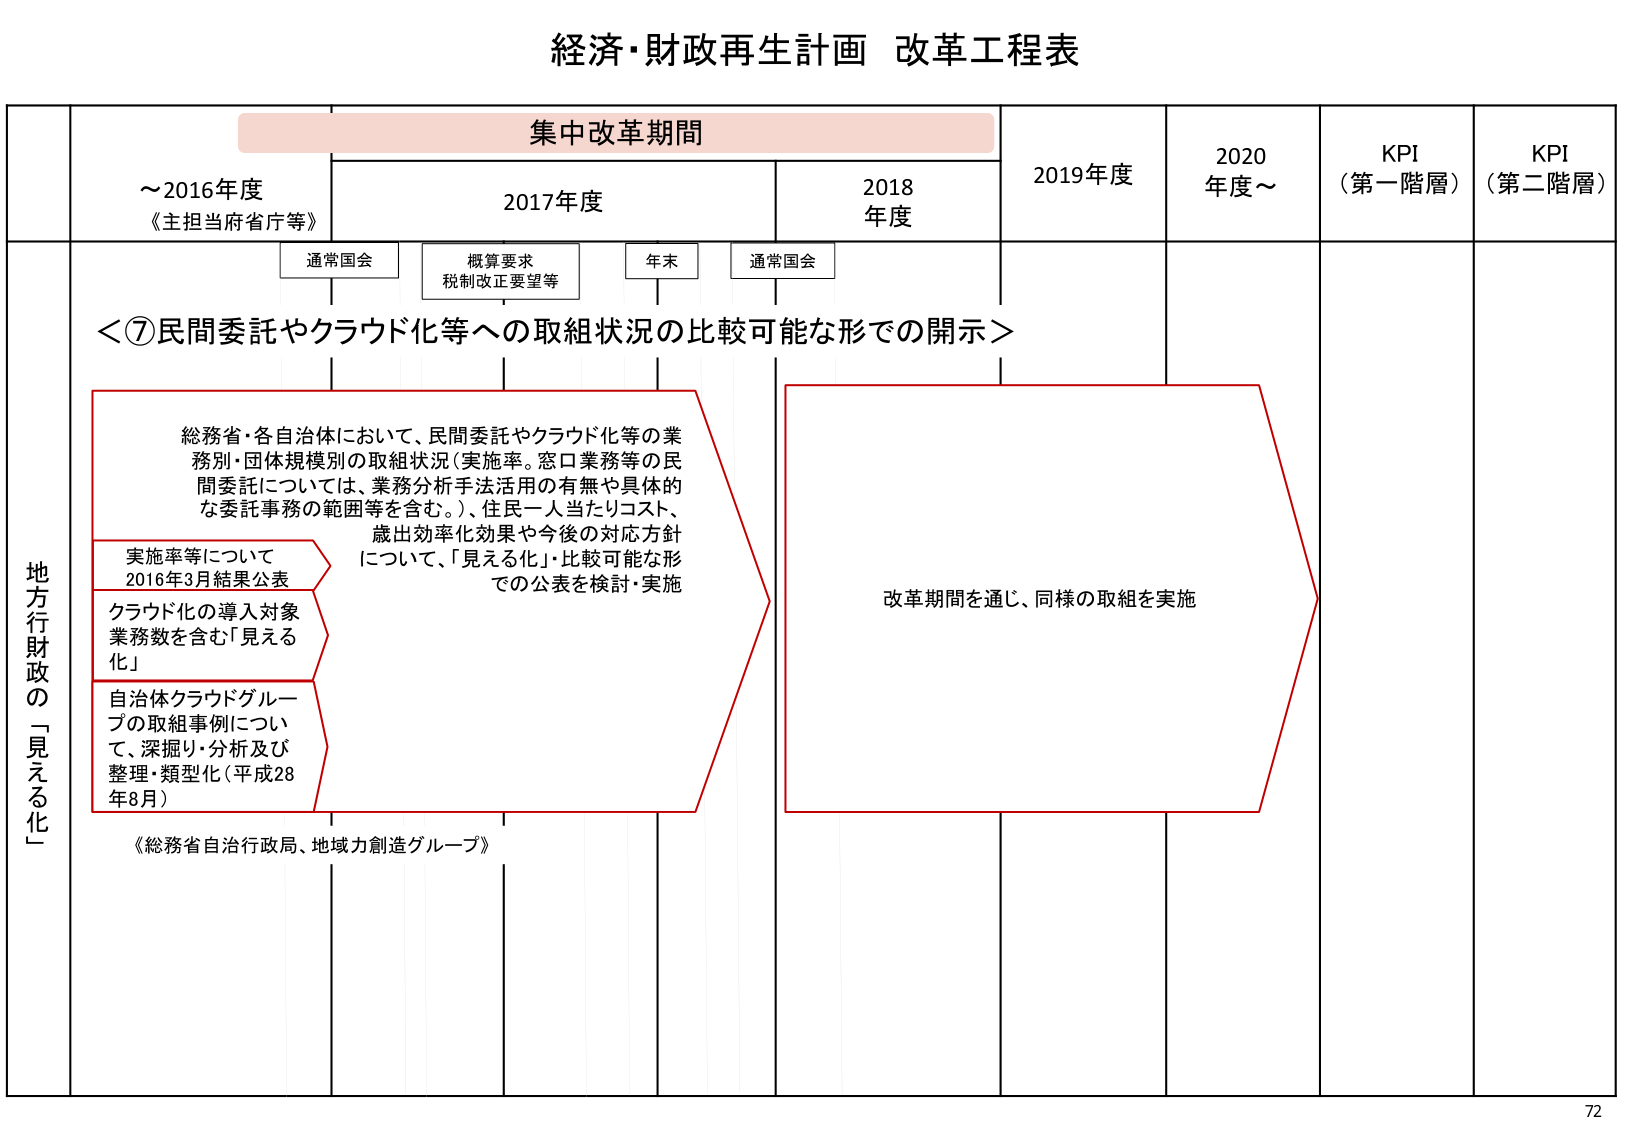
経済・財政再生計画 改革工程表

集中改革期間

～2016年度
《主担当府省庁等》

2017年度

2018年度

2019年度

2020年度～

KPI
（第一階層）

KPI
（第二階層）

通常国会

概算要求
税制改正要望等

年末

通常国会

＜⑦民間委託やクラウド化等への取組状況の比較可能な形での開示＞

地方行政財政の「見える化」

総務省・各自治体において、民間委託やクラウド化等の業務別・団体規模別の取組状況（実施率。窓口業務等の民間委託については、業務分析手法活用の有無や具体的な委託事務の範囲等を含む。）、住民一人当たりコスト、歳出効率化効果や今後の対応方針について、「見える化」・比較可能な形での公表を検討・実施

実施率等について
2016年3月結果公表

クラウド化の導入対象業務数を含む「見える化」

自治体クラウドグループの取組事例について、深掘り・分析及び整理・類型化（平成28年8月）

《総務省自治行政局、地域力創造グループ》

改革期間を通じ、同様の取組を実施

72